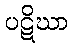
ပဋိဃာ